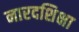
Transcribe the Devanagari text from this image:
नारदशिक्षा